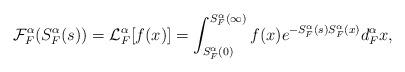
LaTeX: \begin{align*} \mathcal{F}_{F}^{\alpha}(S_{F}^{\alpha}(s))=\mathcal{L}_{F}^{\alpha}[f(x)]= \int_{S_{F}^{\alpha}(0)}^{S_{F}^{\alpha}(\infty)}f(x)e^{-S_{F}^{\alpha}(s)S_{F}^{\alpha}(x)}d_{F}^{\alpha}x,\end{align*}